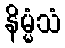
နိမ္မံသံ